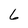
Character: 6